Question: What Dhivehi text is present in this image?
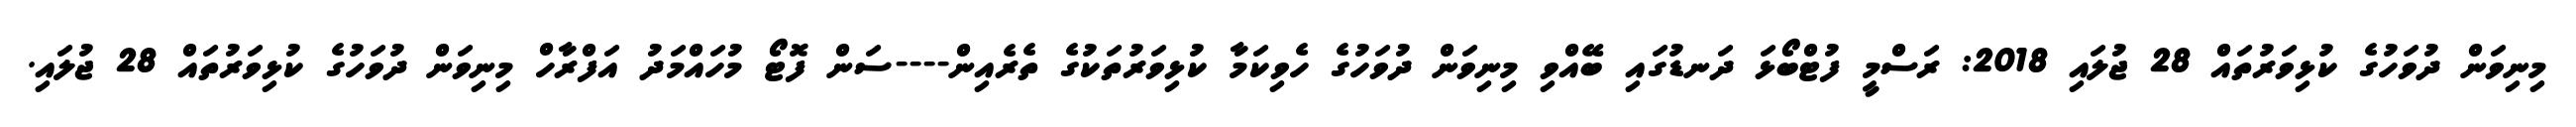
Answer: މިނިވަން ދުވަހުގެ ކުޅިވަރުތައް 28 ޖުލައި 2018: ރަސްމީ ފުޓްބޯޅަ ދަނޑުގައި ބޭއްވި މިނިވަން ދުވަހުގެ ހެވިކަމާ ކުޅިވަރުތަކުގެ ތެރެއިން----ސަން ފޮޓޯ މުހައްމަދު އަފްރާހް މިނިވަން ދުވަހުގެ ކުޅިވަރުތައް 28 ޖުލައި.